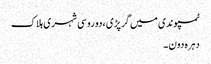
ٹمپو ندی میں گرپڑی ،دو روسی شہری ہلاک
دہرہ دون ۔